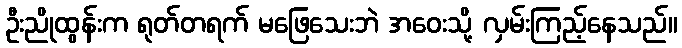
ဦးညိုထွန်းက ရုတ်တရက် မဖြေသေးဘဲ အဝေးသို့ လှမ်းကြည့်နေသည်။